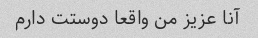
آنا عزیز من واقعا دوستت دارم